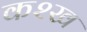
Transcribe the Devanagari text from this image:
क२ख